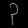
Digit: ၃